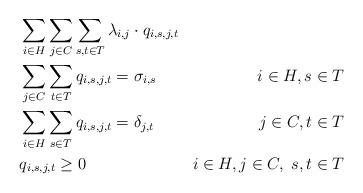
LaTeX: \begin{align*}\begin{aligned} & \sum_{i \in H} \sum_{j \in C} \sum_{s,t\in T} \lambda_{i,j} \cdot q_{i,s,j,t} \\ & \sum_{j\in C}\sum_{t\in T} q_{i,s,j,t} = \sigma_{i,s} & i\in H, s\in T \\& \sum_{i\in H}\sum_{s\in T} q_{i,s,j,t} = \delta_{j,t} & j\in C, t\in T \\& q_{i,s,j,t}\geq 0 & i\in H, j\in C,\; s,t\in T \end{aligned}\end{align*}